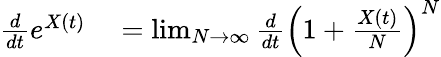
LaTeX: \begin{array}{rl}{{\frac{d}{dt}}e^{X(t)}}&{{}=\operatorname*{lim}_{N\to\infty}{\frac{d}{dt}}\left(1+{\frac{X(t)}{N}}\right)^{N}}\end{array}